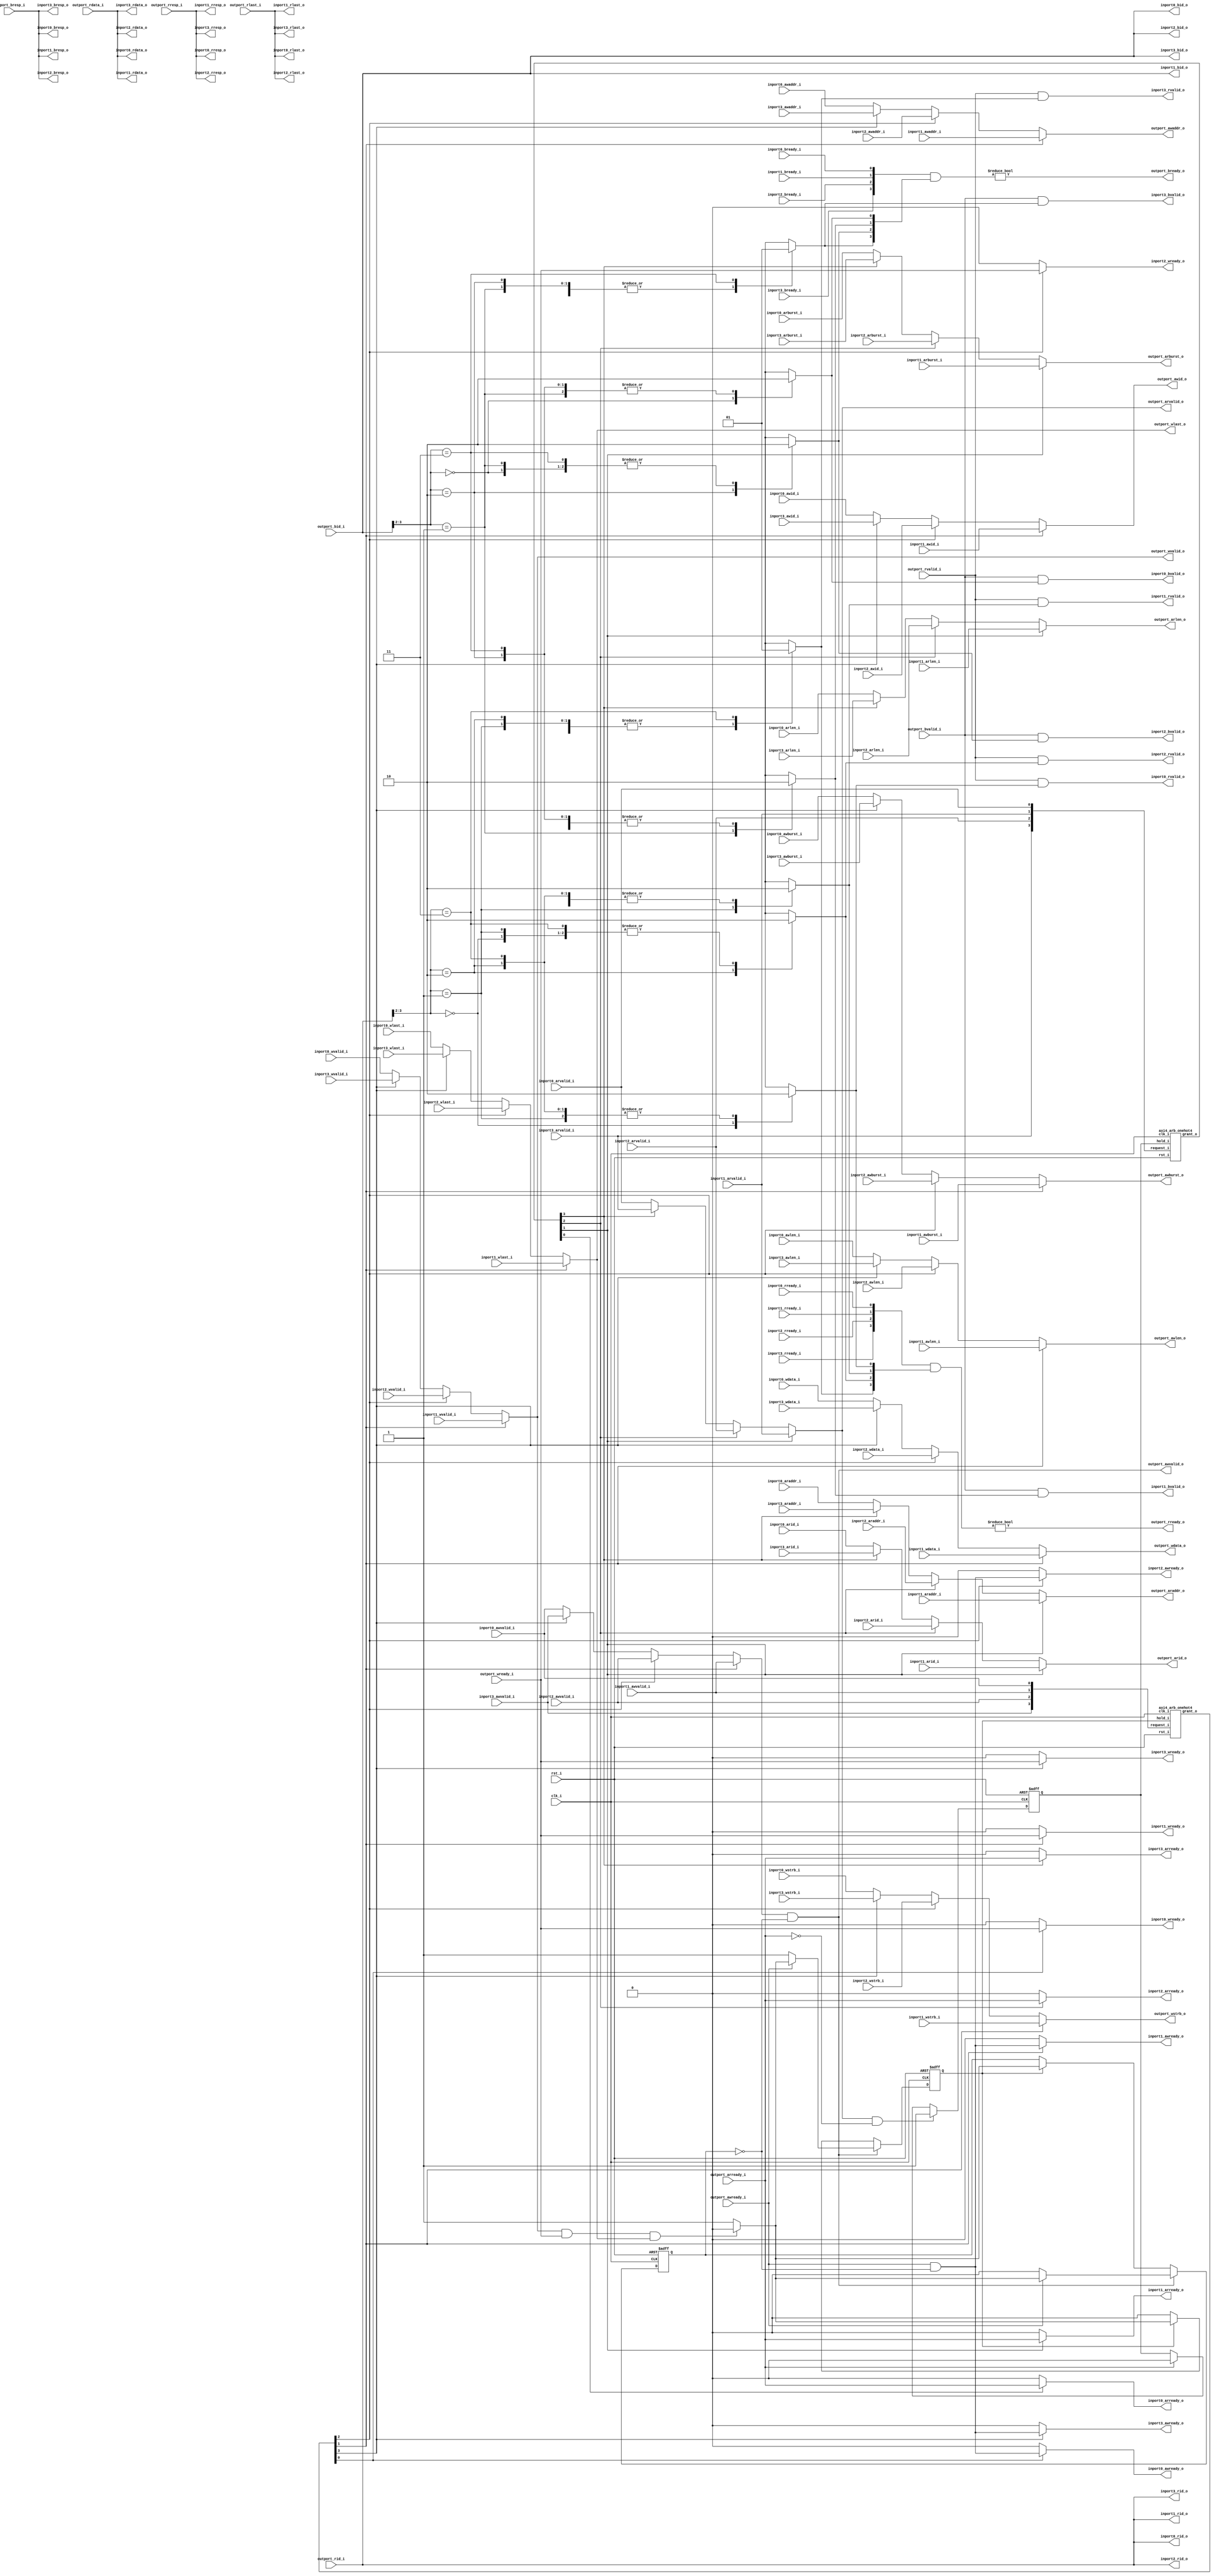
//-----------------------------------------------------------------
//                        RISC-V Test SoC
//                            V0.1
//                     Ultra-Embedded.com
//                     Copyright 2014-2019
//
//                   admin@ultra-embedded.com
//
//                       License: BSD
//-----------------------------------------------------------------
//
// Copyright (c) 2014-2019, Ultra-Embedded.com
// All rights reserved.
// 
// Redistribution and use in source and binary forms, with or without
// modification, are permitted provided that the following conditions 
// are met:
//   - Redistributions of source code must retain the above copyright
//     notice, this list of conditions and the following disclaimer.
//   - Redistributions in binary form must reproduce the above copyright
//     notice, this list of conditions and the following disclaimer 
//     in the documentation and/or other materials provided with the 
//     distribution.
//   - Neither the name of the author nor the names of its contributors 
//     may be used to endorse or promote products derived from this 
//     software without specific prior written permission.
// 
// THIS SOFTWARE IS PROVIDED BY THE COPYRIGHT HOLDERS AND CONTRIBUTORS 
// "AS IS" AND ANY EXPRESS OR IMPLIED WARRANTIES, INCLUDING, BUT NOT 
// LIMITED TO, THE IMPLIED WARRANTIES OF MERCHANTABILITY AND FITNESS FOR 
// A PARTICULAR PURPOSE ARE DISCLAIMED. IN NO EVENT SHALL THE AUTHOR BE 
// LIABLE FOR ANY DIRECT, INDIRECT, INCIDENTAL, SPECIAL, EXEMPLARY, OR 
// CONSEQUENTIAL DAMAGES (INCLUDING, BUT NOT LIMITED TO, PROCUREMENT OF 
// SUBSTITUTE GOODS OR SERVICES; LOSS OF USE, DATA, OR PROFITS; OR 
// BUSINESS INTERRUPTION) HOWEVER CAUSED AND ON ANY THEORY OF 
// LIABILITY, WHETHER IN CONTRACT, STRICT LIABILITY, OR TORT
// (INCLUDING NEGLIGENCE OR OTHERWISE) ARISING IN ANY WAY OUT OF 
// THE USE OF THIS SOFTWARE, EVEN IF ADVISED OF THE POSSIBILITY OF 
// SUCH DAMAGE.
//-----------------------------------------------------------------

//-----------------------------------------------------------------
//                          Generated File
//-----------------------------------------------------------------

module axi4_arb
(
    // Inputs
     input           clk_i
    ,input           rst_i
    ,input           inport0_awvalid_i
    ,input  [ 31:0]  inport0_awaddr_i
    ,input  [  3:0]  inport0_awid_i
    ,input  [  7:0]  inport0_awlen_i
    ,input  [  1:0]  inport0_awburst_i
    ,input           inport0_wvalid_i
    ,input  [ 31:0]  inport0_wdata_i
    ,input  [  3:0]  inport0_wstrb_i
    ,input           inport0_wlast_i
    ,input           inport0_bready_i
    ,input           inport0_arvalid_i
    ,input  [ 31:0]  inport0_araddr_i
    ,input  [  3:0]  inport0_arid_i
    ,input  [  7:0]  inport0_arlen_i
    ,input  [  1:0]  inport0_arburst_i
    ,input           inport0_rready_i
    ,input           inport1_awvalid_i
    ,input  [ 31:0]  inport1_awaddr_i
    ,input  [  3:0]  inport1_awid_i
    ,input  [  7:0]  inport1_awlen_i
    ,input  [  1:0]  inport1_awburst_i
    ,input           inport1_wvalid_i
    ,input  [ 31:0]  inport1_wdata_i
    ,input  [  3:0]  inport1_wstrb_i
    ,input           inport1_wlast_i
    ,input           inport1_bready_i
    ,input           inport1_arvalid_i
    ,input  [ 31:0]  inport1_araddr_i
    ,input  [  3:0]  inport1_arid_i
    ,input  [  7:0]  inport1_arlen_i
    ,input  [  1:0]  inport1_arburst_i
    ,input           inport1_rready_i
    ,input           inport2_awvalid_i
    ,input  [ 31:0]  inport2_awaddr_i
    ,input  [  3:0]  inport2_awid_i
    ,input  [  7:0]  inport2_awlen_i
    ,input  [  1:0]  inport2_awburst_i
    ,input           inport2_wvalid_i
    ,input  [ 31:0]  inport2_wdata_i
    ,input  [  3:0]  inport2_wstrb_i
    ,input           inport2_wlast_i
    ,input           inport2_bready_i
    ,input           inport2_arvalid_i
    ,input  [ 31:0]  inport2_araddr_i
    ,input  [  3:0]  inport2_arid_i
    ,input  [  7:0]  inport2_arlen_i
    ,input  [  1:0]  inport2_arburst_i
    ,input           inport2_rready_i
    ,input           inport3_awvalid_i
    ,input  [ 31:0]  inport3_awaddr_i
    ,input  [  3:0]  inport3_awid_i
    ,input  [  7:0]  inport3_awlen_i
    ,input  [  1:0]  inport3_awburst_i
    ,input           inport3_wvalid_i
    ,input  [ 31:0]  inport3_wdata_i
    ,input  [  3:0]  inport3_wstrb_i
    ,input           inport3_wlast_i
    ,input           inport3_bready_i
    ,input           inport3_arvalid_i
    ,input  [ 31:0]  inport3_araddr_i
    ,input  [  3:0]  inport3_arid_i
    ,input  [  7:0]  inport3_arlen_i
    ,input  [  1:0]  inport3_arburst_i
    ,input           inport3_rready_i
    ,input           outport_awready_i
    ,input           outport_wready_i
    ,input           outport_bvalid_i
    ,input  [  1:0]  outport_bresp_i
    ,input  [  3:0]  outport_bid_i
    ,input           outport_arready_i
    ,input           outport_rvalid_i
    ,input  [ 31:0]  outport_rdata_i
    ,input  [  1:0]  outport_rresp_i
    ,input  [  3:0]  outport_rid_i
    ,input           outport_rlast_i

    // Outputs
    ,output          inport0_awready_o
    ,output          inport0_wready_o
    ,output          inport0_bvalid_o
    ,output [  1:0]  inport0_bresp_o
    ,output [  3:0]  inport0_bid_o
    ,output          inport0_arready_o
    ,output          inport0_rvalid_o
    ,output [ 31:0]  inport0_rdata_o
    ,output [  1:0]  inport0_rresp_o
    ,output [  3:0]  inport0_rid_o
    ,output          inport0_rlast_o
    ,output          inport1_awready_o
    ,output          inport1_wready_o
    ,output          inport1_bvalid_o
    ,output [  1:0]  inport1_bresp_o
    ,output [  3:0]  inport1_bid_o
    ,output          inport1_arready_o
    ,output          inport1_rvalid_o
    ,output [ 31:0]  inport1_rdata_o
    ,output [  1:0]  inport1_rresp_o
    ,output [  3:0]  inport1_rid_o
    ,output          inport1_rlast_o
    ,output          inport2_awready_o
    ,output          inport2_wready_o
    ,output          inport2_bvalid_o
    ,output [  1:0]  inport2_bresp_o
    ,output [  3:0]  inport2_bid_o
    ,output          inport2_arready_o
    ,output          inport2_rvalid_o
    ,output [ 31:0]  inport2_rdata_o
    ,output [  1:0]  inport2_rresp_o
    ,output [  3:0]  inport2_rid_o
    ,output          inport2_rlast_o
    ,output          inport3_awready_o
    ,output          inport3_wready_o
    ,output          inport3_bvalid_o
    ,output [  1:0]  inport3_bresp_o
    ,output [  3:0]  inport3_bid_o
    ,output          inport3_arready_o
    ,output          inport3_rvalid_o
    ,output [ 31:0]  inport3_rdata_o
    ,output [  1:0]  inport3_rresp_o
    ,output [  3:0]  inport3_rid_o
    ,output          inport3_rlast_o
    ,output          outport_awvalid_o
    ,output [ 31:0]  outport_awaddr_o
    ,output [  3:0]  outport_awid_o
    ,output [  7:0]  outport_awlen_o
    ,output [  1:0]  outport_awburst_o
    ,output          outport_wvalid_o
    ,output [ 31:0]  outport_wdata_o
    ,output [  3:0]  outport_wstrb_o
    ,output          outport_wlast_o
    ,output          outport_bready_o
    ,output          outport_arvalid_o
    ,output [ 31:0]  outport_araddr_o
    ,output [  3:0]  outport_arid_o
    ,output [  7:0]  outport_arlen_o
    ,output [  1:0]  outport_arburst_o
    ,output          outport_rready_o
);




//-----------------------------------------------------------------
// Read Requestor Select
//-----------------------------------------------------------------

wire [3:0] read_req_w;
reg                      read_hold_q;
wire [3:0] read_grant_w;

assign read_req_w[0] = inport0_arvalid_i;
assign read_req_w[1] = inport1_arvalid_i;
assign read_req_w[2] = inport2_arvalid_i;
assign read_req_w[3] = inport3_arvalid_i;

axi4_arb_onehot4
u_rd_arb
(
    .clk_i(clk_i),
    .rst_i(rst_i),

    .hold_i(read_hold_q),
    .request_i(read_req_w),
    .grant_o(read_grant_w)
);

//-----------------------------------------------------------------
// Read Hold
//-----------------------------------------------------------------
always @ (posedge clk_i or posedge rst_i)
if (rst_i)
    read_hold_q  <= 1'b0;
else if (outport_arvalid_o && !outport_arready_i)
    read_hold_q  <= 1'b1;
else if (outport_arready_i)
    read_hold_q  <= 1'b0;

//-----------------------------------------------------------------
// Read Request Mux
//-----------------------------------------------------------------
reg          outport_arvalid_r;
reg [ 31:0]  outport_araddr_r;
reg [  3:0]  outport_arid_r;
reg [  7:0]  outport_arlen_r;
reg [  1:0]  outport_arburst_r;

always @ *
begin
    outport_arvalid_r = 1'b0;
    outport_araddr_r  = 32'b0;
    outport_arid_r    = 4'b0;
    outport_arlen_r   = 8'b0;
    outport_arburst_r = 2'b0;

    case (1'b1)
    default: // Input 0
    begin
        outport_arvalid_r = inport0_arvalid_i;
        outport_araddr_r  = inport0_araddr_i;
        outport_arid_r    = inport0_arid_i;
        outport_arlen_r   = inport0_arlen_i;
        outport_arburst_r = inport0_arburst_i;
    end
    read_grant_w[1]:
    begin
        outport_arvalid_r = inport1_arvalid_i;
        outport_araddr_r  = inport1_araddr_i;
        outport_arid_r    = inport1_arid_i;
        outport_arlen_r   = inport1_arlen_i;
        outport_arburst_r = inport1_arburst_i;
    end
    read_grant_w[2]:
    begin
        outport_arvalid_r = inport2_arvalid_i;
        outport_araddr_r  = inport2_araddr_i;
        outport_arid_r    = inport2_arid_i;
        outport_arlen_r   = inport2_arlen_i;
        outport_arburst_r = inport2_arburst_i;
    end
    read_grant_w[3]:
    begin
        outport_arvalid_r = inport3_arvalid_i;
        outport_araddr_r  = inport3_araddr_i;
        outport_arid_r    = inport3_arid_i;
        outport_arlen_r   = inport3_arlen_i;
        outport_arburst_r = inport3_arburst_i;
    end
    endcase
end

assign outport_arvalid_o = outport_arvalid_r;
assign outport_araddr_o  = outport_araddr_r;
assign outport_arid_o    = outport_arid_r;
assign outport_arlen_o   = outport_arlen_r;
assign outport_arburst_o = outport_arburst_r;

//-----------------------------------------------------------------
// Read Handshaking Demux
//-----------------------------------------------------------------
assign inport0_arready_o = read_grant_w[0] ? outport_arready_i : 1'b0;
assign inport1_arready_o = read_grant_w[1] ? outport_arready_i : 1'b0;
assign inport2_arready_o = read_grant_w[2] ? outport_arready_i : 1'b0;
assign inport3_arready_o = read_grant_w[3] ? outport_arready_i : 1'b0;

//-----------------------------------------------------------------
// Read Response Routing
//-----------------------------------------------------------------
reg [3:0] rd_resp_target_r;

always @ *
begin
    rd_resp_target_r = 4'b0;

    case (outport_rid_i[3:2])
    2'd0:
        rd_resp_target_r[0] = 1'b1;
    2'd1:
        rd_resp_target_r[1] = 1'b1;
    2'd2:
        rd_resp_target_r[2] = 1'b1;
    2'd3:
        rd_resp_target_r[3] = 1'b1;
    default:
        rd_resp_target_r[0] = 1'b1;
    endcase
end

wire [3:0] inport_rready_w;
assign inport_rready_w[0] = inport0_rready_i;
assign inport_rready_w[1] = inport1_rready_i;
assign inport_rready_w[2] = inport2_rready_i;
assign inport_rready_w[3] = inport3_rready_i;

assign outport_rready_o = (inport_rready_w & rd_resp_target_r) != 4'b0;


assign inport0_rvalid_o = outport_rvalid_i & rd_resp_target_r[0];
assign inport0_rdata_o  = outport_rdata_i;
assign inport0_rid_o    = outport_rid_i;
assign inport0_rresp_o  = outport_rresp_i;
assign inport0_rlast_o  = outport_rlast_i;
assign inport1_rvalid_o = outport_rvalid_i & rd_resp_target_r[1];
assign inport1_rdata_o  = outport_rdata_i;
assign inport1_rid_o    = outport_rid_i;
assign inport1_rresp_o  = outport_rresp_i;
assign inport1_rlast_o  = outport_rlast_i;
assign inport2_rvalid_o = outport_rvalid_i & rd_resp_target_r[2];
assign inport2_rdata_o  = outport_rdata_i;
assign inport2_rid_o    = outport_rid_i;
assign inport2_rresp_o  = outport_rresp_i;
assign inport2_rlast_o  = outport_rlast_i;
assign inport3_rvalid_o = outport_rvalid_i & rd_resp_target_r[3];
assign inport3_rdata_o  = outport_rdata_i;
assign inport3_rid_o    = outport_rid_i;
assign inport3_rresp_o  = outport_rresp_i;
assign inport3_rlast_o  = outport_rlast_i;

//-----------------------------------------------------------------
// Write Requestor Select
//-----------------------------------------------------------------
wire [3:0] write_req_w;
reg                      write_hold_q;
reg                      write_dataphase_q;

wire [3:0] write_grant_w;

assign write_req_w[0] = inport0_awvalid_i;
assign write_req_w[1] = inport1_awvalid_i;
assign write_req_w[2] = inport2_awvalid_i;
assign write_req_w[3] = inport3_awvalid_i;

axi4_arb_onehot4
u_wr_arb
(
    .clk_i(clk_i),
    .rst_i(rst_i),

    .hold_i(write_hold_q),
    .request_i(write_req_w),
    .grant_o(write_grant_w)
);

//-----------------------------------------------------------------
// Write Hold
//-----------------------------------------------------------------
reg write_hold_r;
reg write_dataphase_r;

always @ *
begin
    write_hold_r      = write_hold_q;
    write_dataphase_r = write_dataphase_q;

    // Command phase
    if (outport_awvalid_o)
    begin
        // Command not accepted yet
        if (!outport_awready_i)
        begin
            write_hold_r      = 1'b1;
            write_dataphase_r = 1'b0;
        end
        // Address + Data, single, all accepted
        else if (outport_wvalid_o && outport_wready_i && outport_wlast_o)
        begin
            write_hold_r      = 1'b0;
            write_dataphase_r = 1'b0;
        end
        // Enter data phase, data outstanding
        else
        begin
            write_hold_r      = 1'b1;
            write_dataphase_r = 1'b1;
        end
    end
    // Data phase
    else if (write_hold_r)
    begin
        // Last data accepted
        if (outport_wvalid_o && outport_wready_i && outport_wlast_o)
        begin
            write_hold_r      = 1'b0;
            write_dataphase_r = 1'b0;
        end
        // Stay in data phase, data outstanding
        else
        begin
            write_hold_r      = 1'b1;
            write_dataphase_r = 1'b1;
        end
    end
end

always @ (posedge clk_i or posedge rst_i)
if (rst_i)
begin
    write_hold_q      <= 1'b0;
    write_dataphase_q <= 1'b0;
end    
else
begin
    write_hold_q      <= write_hold_r;
    write_dataphase_q <= write_dataphase_r;
end

//-----------------------------------------------------------------
// Write Request Mux
//-----------------------------------------------------------------
reg          outport_awvalid_r;
reg [ 31:0]  outport_awaddr_r;
reg [  3:0]  outport_awid_r;
reg [  7:0]  outport_awlen_r;
reg [  1:0]  outport_awburst_r;

reg          outport_wvalid_r;
reg [ 31:0]  outport_wdata_r;
reg [  3:0]  outport_wstrb_r;
reg          outport_wlast_r;

always @ *
begin
    outport_awvalid_r = 1'b0;
    outport_awaddr_r  = 32'b0;
    outport_awid_r    = 4'b0;
    outport_awlen_r   = 8'b0;
    outport_awburst_r = 2'b0;
    outport_wvalid_r  = 1'b0;
    outport_wdata_r   = 32'b0;
    outport_wstrb_r   = 4'b0;
    outport_wlast_r   = 1'b0;

    case (1'b1)
    default: // Input 0
    begin
        outport_awvalid_r = inport0_awvalid_i;
        outport_awaddr_r  = inport0_awaddr_i;
        outport_awid_r    = inport0_awid_i;
        outport_awlen_r   = inport0_awlen_i;
        outport_awburst_r = inport0_awburst_i;
        outport_wvalid_r  = inport0_wvalid_i;
        outport_wdata_r   = inport0_wdata_i;
        outport_wstrb_r   = inport0_wstrb_i;
        outport_wlast_r   = inport0_wlast_i;
    end
    write_grant_w[1]:
    begin
        outport_awvalid_r = inport1_awvalid_i;
        outport_awaddr_r  = inport1_awaddr_i;
        outport_awid_r    = inport1_awid_i;
        outport_awlen_r   = inport1_awlen_i;
        outport_awburst_r = inport1_awburst_i;
        outport_wvalid_r  = inport1_wvalid_i;
        outport_wdata_r   = inport1_wdata_i;
        outport_wstrb_r   = inport1_wstrb_i;
        outport_wlast_r   = inport1_wlast_i;
    end
    write_grant_w[2]:
    begin
        outport_awvalid_r = inport2_awvalid_i;
        outport_awaddr_r  = inport2_awaddr_i;
        outport_awid_r    = inport2_awid_i;
        outport_awlen_r   = inport2_awlen_i;
        outport_awburst_r = inport2_awburst_i;
        outport_wvalid_r  = inport2_wvalid_i;
        outport_wdata_r   = inport2_wdata_i;
        outport_wstrb_r   = inport2_wstrb_i;
        outport_wlast_r   = inport2_wlast_i;
    end
    write_grant_w[3]:
    begin
        outport_awvalid_r = inport3_awvalid_i;
        outport_awaddr_r  = inport3_awaddr_i;
        outport_awid_r    = inport3_awid_i;
        outport_awlen_r   = inport3_awlen_i;
        outport_awburst_r = inport3_awburst_i;
        outport_wvalid_r  = inport3_wvalid_i;
        outport_wdata_r   = inport3_wdata_i;
        outport_wstrb_r   = inport3_wstrb_i;
        outport_wlast_r   = inport3_wlast_i;
    end
    endcase
end

assign outport_awvalid_o = outport_awvalid_r & ~write_dataphase_q;
assign outport_awaddr_o  = outport_awaddr_r;
assign outport_awid_o    = outport_awid_r;
assign outport_awlen_o   = outport_awlen_r;
assign outport_awburst_o = outport_awburst_r;
assign outport_wvalid_o  = outport_wvalid_r;
assign outport_wdata_o   = outport_wdata_r;
assign outport_wstrb_o   = outport_wstrb_r;
assign outport_wlast_o   = outport_wlast_r;

//-----------------------------------------------------------------
// Write Handshaking Demux
//-----------------------------------------------------------------
assign inport0_awready_o = write_grant_w[0] ? (outport_awready_i & ~write_dataphase_q) : 1'b0;
assign inport0_wready_o  = write_grant_w[0] ? outport_wready_i : 1'b0;
assign inport1_awready_o = write_grant_w[1] ? (outport_awready_i & ~write_dataphase_q) : 1'b0;
assign inport1_wready_o  = write_grant_w[1] ? outport_wready_i : 1'b0;
assign inport2_awready_o = write_grant_w[2] ? (outport_awready_i & ~write_dataphase_q) : 1'b0;
assign inport2_wready_o  = write_grant_w[2] ? outport_wready_i : 1'b0;
assign inport3_awready_o = write_grant_w[3] ? (outport_awready_i & ~write_dataphase_q) : 1'b0;
assign inport3_wready_o  = write_grant_w[3] ? outport_wready_i : 1'b0;

//-----------------------------------------------------------------
// Write Response Routing
//-----------------------------------------------------------------
reg [3:0] wr_resp_target_r;

always @ *
begin
    wr_resp_target_r = 4'b0;

    case (outport_bid_i[3:2])
    2'd0:
        wr_resp_target_r[0] = 1'b1;
    2'd1:
        wr_resp_target_r[1] = 1'b1;
    2'd2:
        wr_resp_target_r[2] = 1'b1;
    2'd3:
        wr_resp_target_r[3] = 1'b1;
    default:
        wr_resp_target_r[0] = 1'b1;
    endcase
end

wire [3:0] inport_bready_w;
assign inport_bready_w[0] = inport0_bready_i;
assign inport_bready_w[1] = inport1_bready_i;
assign inport_bready_w[2] = inport2_bready_i;
assign inport_bready_w[3] = inport3_bready_i;

assign outport_bready_o = (inport_bready_w & wr_resp_target_r) != 4'b0;

assign inport0_bvalid_o = outport_bvalid_i & wr_resp_target_r[0];
assign inport0_bid_o    = outport_bid_i;
assign inport0_bresp_o  = outport_bresp_i;
assign inport1_bvalid_o = outport_bvalid_i & wr_resp_target_r[1];
assign inport1_bid_o    = outport_bid_i;
assign inport1_bresp_o  = outport_bresp_i;
assign inport2_bvalid_o = outport_bvalid_i & wr_resp_target_r[2];
assign inport2_bid_o    = outport_bid_i;
assign inport2_bresp_o  = outport_bresp_i;
assign inport3_bvalid_o = outport_bvalid_i & wr_resp_target_r[3];
assign inport3_bid_o    = outport_bid_i;
assign inport3_bresp_o  = outport_bresp_i;

endmodule

//-----------------------------------------------------------------
// Round robin One Hot Arbiter
//-----------------------------------------------------------------
module axi4_arb_onehot4
(
    // Inputs
     input                       clk_i
    ,input                       rst_i
    ,input                       hold_i
    ,input  [3:0]  request_i

    // Outputs
    ,output [3:0]  grant_o
);


//-----------------------------------------------------------------
// Registers / Wires
//-----------------------------------------------------------------
wire [3:0] req_ffs_masked_w;
wire [3:0] req_ffs_unmasked_w;
wire [3:0] req_ffs_w;

reg  [3:0] mask_next_q;
reg  [3:0] grant_last_q;
wire [3:0] grant_new_w;

//-----------------------------------------------------------------
// ffs: Find first set
//-----------------------------------------------------------------
function [3:0] ffs;
    input [3:0] request;
begin
    ffs[0] = request[0];
    ffs[1] = ffs[0] | request[1];
    ffs[2] = ffs[1] | request[2];
    ffs[3] = ffs[2] | request[3];
end
endfunction

assign req_ffs_masked_w = ffs(request_i & mask_next_q);
assign req_ffs_unmasked_w = ffs(request_i);

assign req_ffs_w = (|req_ffs_masked_w) ? req_ffs_masked_w : req_ffs_unmasked_w;

always @ (posedge clk_i or posedge rst_i)
   if (rst_i == 1'b1)
   begin
        mask_next_q <= {4{1'b1}};
        grant_last_q <= 4'b0;
   end
   else
   begin
        if (~hold_i)
            mask_next_q <= {req_ffs_w[2:0], 1'b0};
        
        grant_last_q <= grant_o;
   end

assign grant_new_w = req_ffs_w ^ {req_ffs_w[2:0], 1'b0};
assign grant_o = hold_i ? grant_last_q : grant_new_w;


endmodule